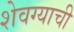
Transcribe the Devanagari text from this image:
शेवग्याची